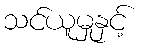
သင်ယူမှုနှင့်